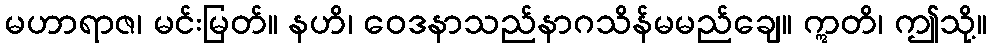
မဟာရာဇ၊ မင်းမြတ်။ နဟိ၊ ဝေဒနာသည်နာဂသိန်မမည်ချေ။ ဣတိ၊ ဤသို့။